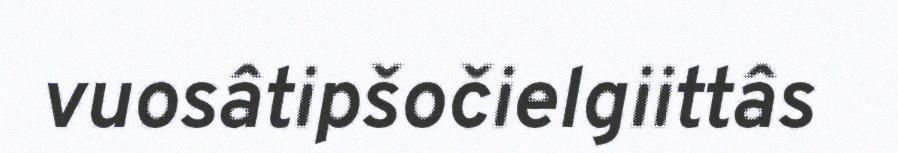
vuosâtipšočielgiittâs